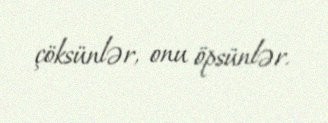
çöksünlər, onu öpsünlər.